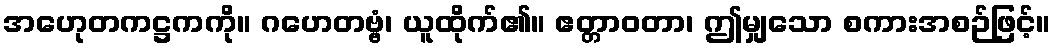
အဟေုတကဋ္ဌကကို။ ဂဟေတဗ္ဗံ၊ ယူထိုက်၏။ ဧတ္တာဝတာ၊ ဤမျှသော စကားအစဉ်ဖြင့်။